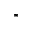
^ { \ast }